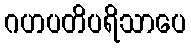
ဂဟပတိပရိသာပေ